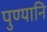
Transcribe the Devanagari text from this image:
पुण्यानि